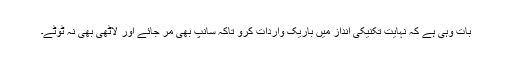
بات وہی ہے کہ نہایت تکنیکی انداز میں باریک واردات کرو تاکہ سانپ بھی مر جائے اور لاٹھی بھی نہ ٹوٹے۔